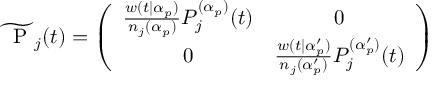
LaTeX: \widetilde { \mathrm { \boldmath ~ \cal ~ P ~ } } _ { j } ( t ) = \left( \begin{array} { c c } { { \frac { w ( t | \alpha _ { p } ) } { n _ { j } ( \alpha _ { p } ) } { \cal P } _ { j } ^ { ( \alpha _ { p } ) } ( t ) } } & { { 0 } } \\ { { 0 } } & { { \frac { w ( t | \alpha _ { p } ^ { \prime } ) } { n _ { j } ( \alpha _ { p } ^ { \prime } ) } { \cal P } _ { j } ^ { ( \alpha _ { p } ^ { \prime } ) } ( t ) } } \end{array} \right)